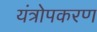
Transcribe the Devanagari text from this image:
यंत्रोपकरण